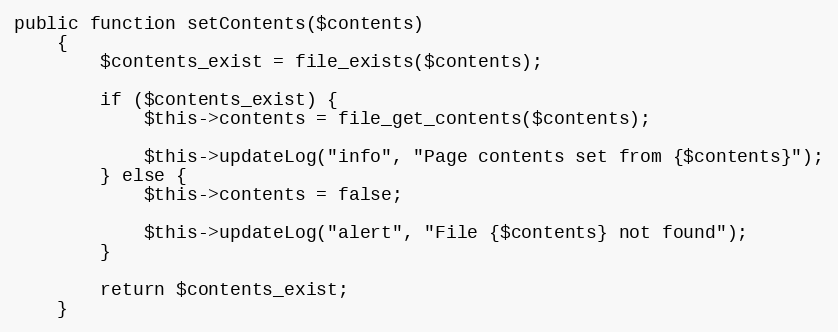
Language: PHP
public function setContents($contents)
    {
        $contents_exist = file_exists($contents);

        if ($contents_exist) {
            $this->contents = file_get_contents($contents);

            $this->updateLog("info", "Page contents set from {$contents}");
        } else {
            $this->contents = false;

            $this->updateLog("alert", "File {$contents} not found");
        }

        return $contents_exist;
    }